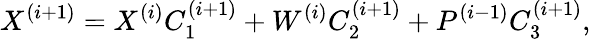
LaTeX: X^{(i+1)}=X^{(i)}C_{1}^{(i+1)}+W^{(i)}C_{2}^{(i+1)}+P^{(i-1)}C_{3}^{(i+1)},